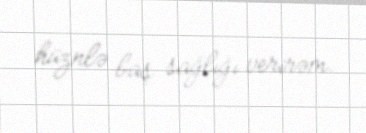
hüznlə baş sağlığı verirəm.